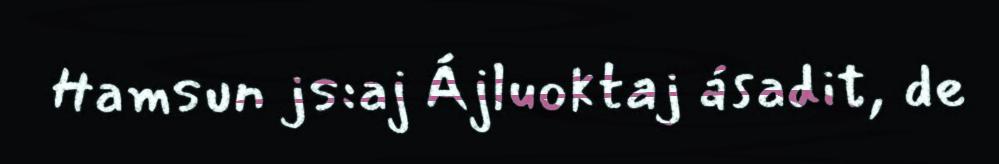
Hamsun js:aj Ájluoktaj ásadit, de